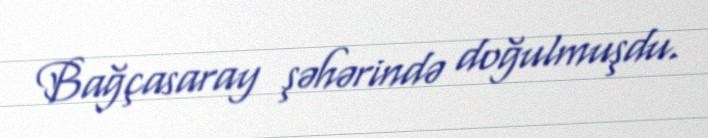
Bağçasaray şəhərində doğulmuşdu.